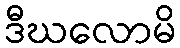
ဒီဃလောမိ